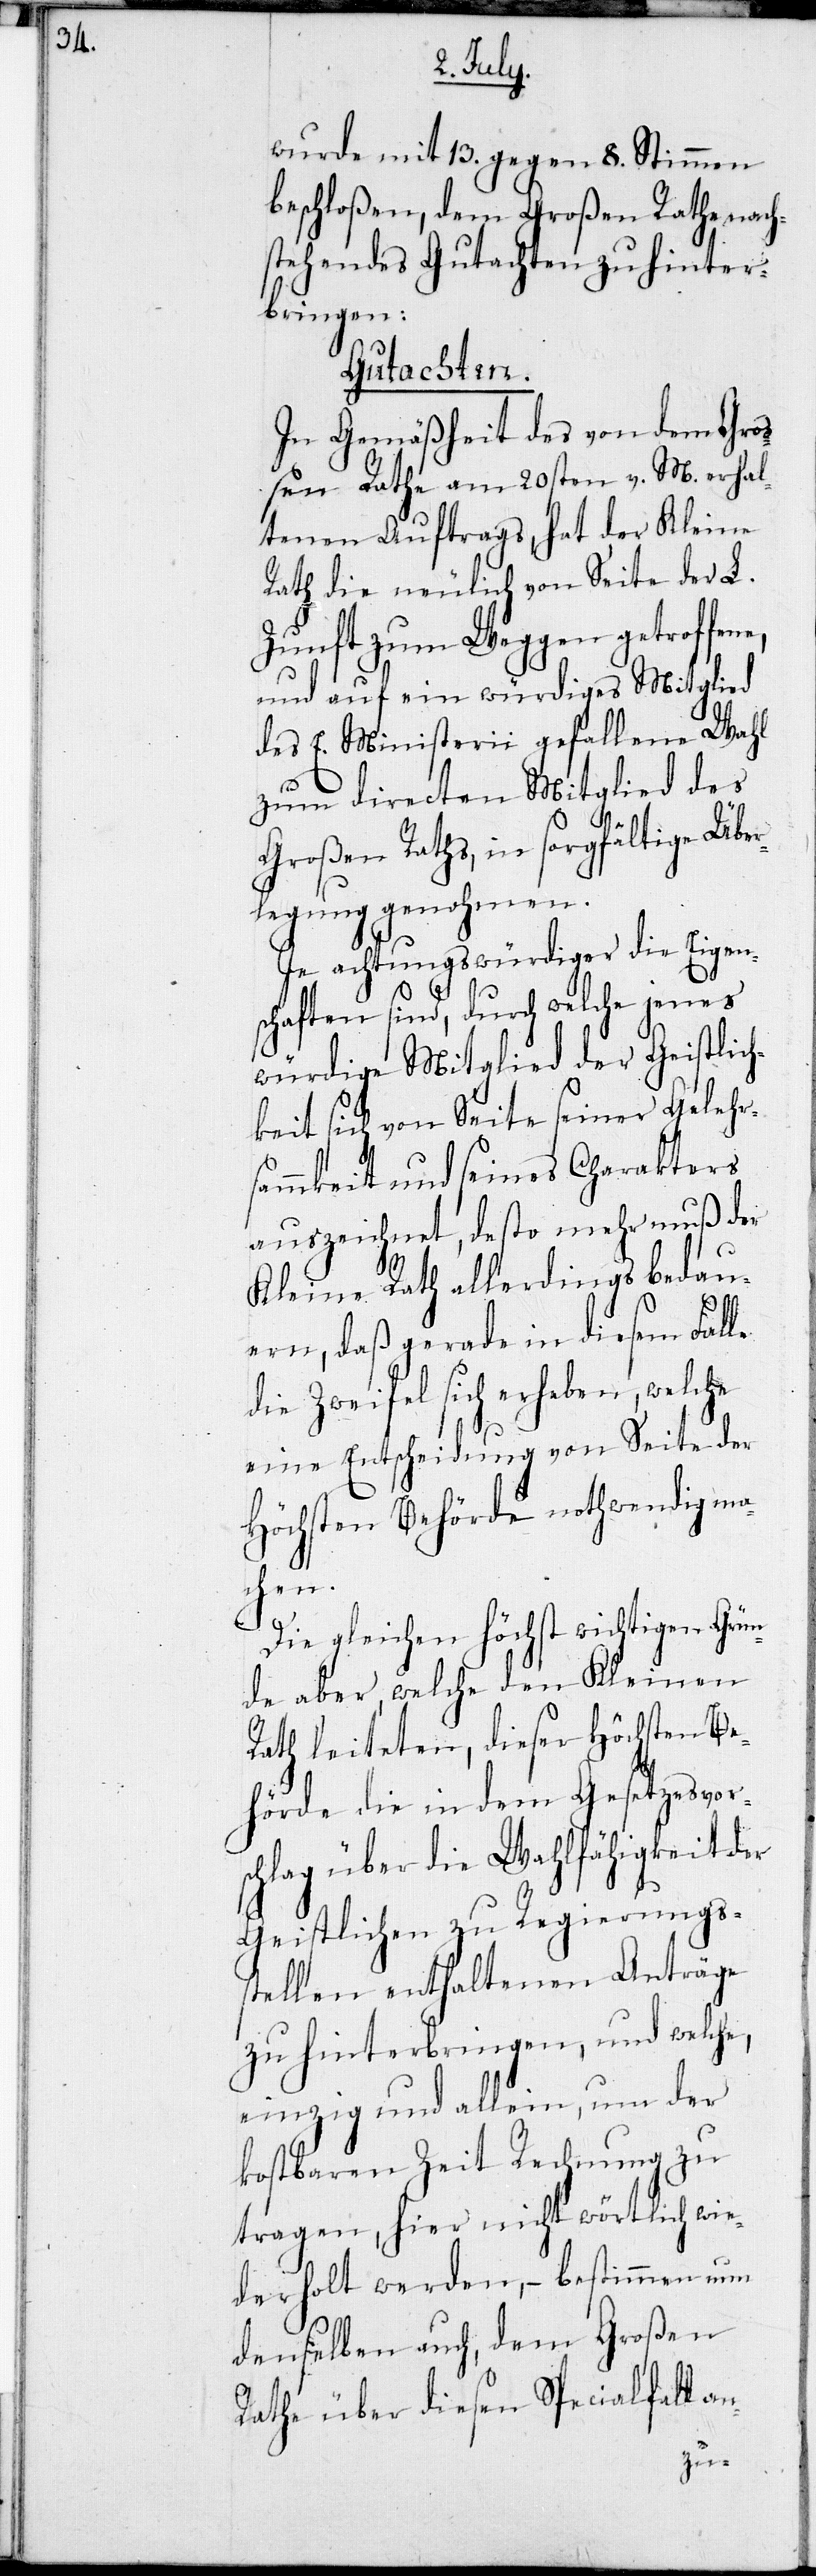
wurde mit 13. gegen 8. Stimmen
beschloßen, dem Großen Rathe nach¬
stehendes Gutachtung zu hinter¬
bringen:
Gutachten.
In Gemäßheit des von dem Gro¬
ßen Rathe am 20sten v. M. erhal¬
tenen Auftrags, hat der Kleine
Rath die neulich von Seite der L.
Zunft zum Weggen getroffene,
und auf ein würdiges Mitglied
des E. Ministerii gefallene Wahl
zum directen Mitglied des
Großen Raths, in sorgfältige Übe¬
rlegung genohmen.
Je achtungswürdiger die Eigen¬
schaften sind, durch welche jenes
würdige Mitglied der Geistlich¬
keit sich von Seite seiner Gelehr¬
sammkeit und seines Charakters
auszeichnet, desto mehr muß der
Kleine Rath allerdings bedau¬
ern, daß gerade in diesem Falle
die Zweifel sich erheben, welche
eine Entscheidung von Seite der
Höchsten Behörde nothwendig ma¬
chen.
Die gleichen höchst wichtigen Grün¬
de aber, welche den Kleinen
Rath leiteten, dieser Höchsten Be¬
hörde die in dem Gesetzesvor¬
schlag über die Wahlfähigkeit der
Geistlichen zu Regierungs¬
stellen enthaltenen Anträge
zu hinterbringen, und welche,
einzig und allein, um der
kostbaren Zeit Rechnung zu
tragen, hier nicht wörtlich wie¬
derholt werden, – bestimmen nun
denselben auch dem Großen
Rath über diesen Speciallfall